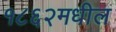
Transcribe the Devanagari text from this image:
१८६२मधील